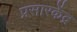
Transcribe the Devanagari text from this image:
प्रसारकेंद्र